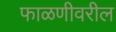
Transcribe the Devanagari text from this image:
फाळणीवरील